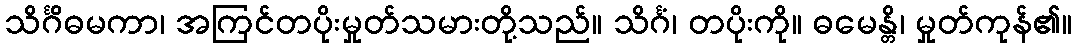
သိင်္ဂိဓမကာ၊ အကြင်တပိုးမှုတ်သမားတို့သည်။ သိင်္ဂံ၊ တပိုးကို။ ဓမေန္တိ၊ မှုတ်ကုန်၏။